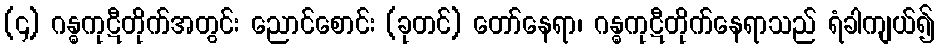
(၄) ဂန္ဓကုဋီတိုက်အတွင်း ညောင်စောင်း (ခုတင်) တော်နေရာ၊ ဂန္ဓကုဋီတိုက်နေရာသည် ရံခါကျယ်၍